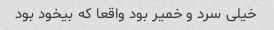
خیلی سرد و خمیر بود واقعا که بیخود بود